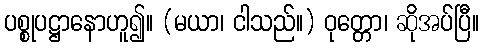
ပစ္စုပဋ္ဌာနောဟူ၍။ (မယာ၊ ငါသည်။) ဝုတ္တော၊ ဆိုအပ်ပြီ။